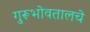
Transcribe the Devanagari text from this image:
गुरूभोवतालचे